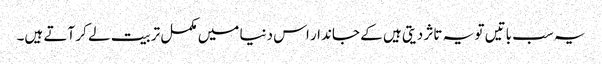
یہ سب باتیں تو یہ تاثر دیتی ہیں کے جاندار اس دنیا میں مکمل تربیت لے کر آتے ہیں۔